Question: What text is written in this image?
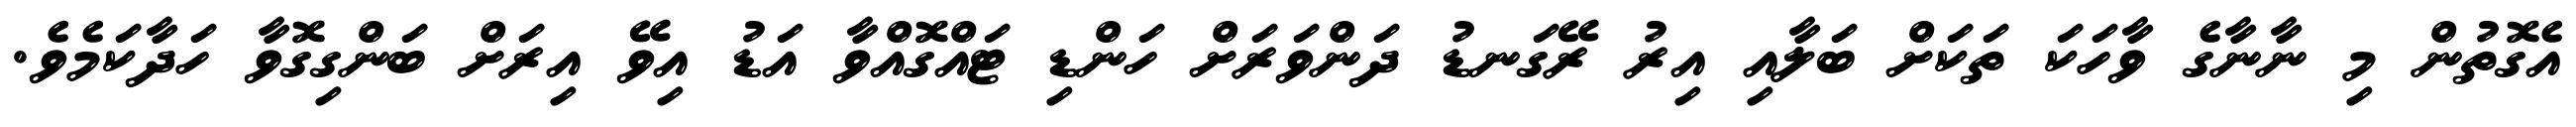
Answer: އެގޮތުން މި ނާނާގެ ވާހަކަ ތަކަށް ބަލާއި އިރު ރޭގަނޑު ދަންވަރަށް ހަންޑި ޓައްގޮއްވާ އަޑު އިވޭ އިރަށް ބަންގިގޮވާ ހަދާކަމެވެ.